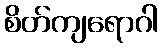
စိတ်ကျရောဂါ